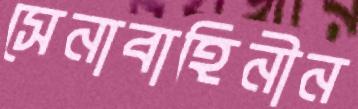
সেনাবাহিনীন